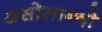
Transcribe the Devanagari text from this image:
असोलान्दो